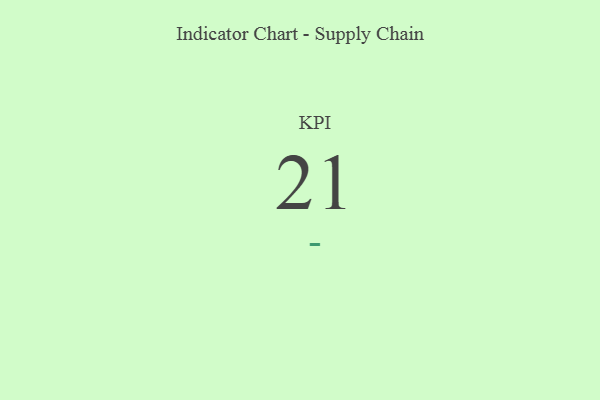
{"axis": {"x": "KPI", "y": "Value"}, "legend": [""], "data": [{"x": "KPI", "y": 21, "type": ""}]}